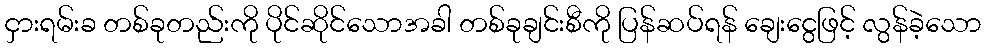
ငှားရမ်းခ တစ်ခုတည်းကို ပိုင်ဆိုင်သောအခါ တစ်ခုချင်းစီကို ပြန်ဆပ်ရန် ချေးငွေဖြင့် လွန်ခဲ့သော